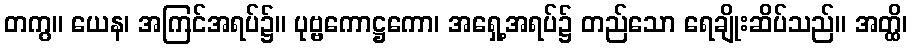
တကွ။ ယေန၊ အကြင်အရပ်၌။ ပုဗ္ဗကောဋ္ဌကော၊ အရှေ့အရပ်၌ တည်သော ရေချိုးဆိပ်သည်။ အတ္ထိ၊